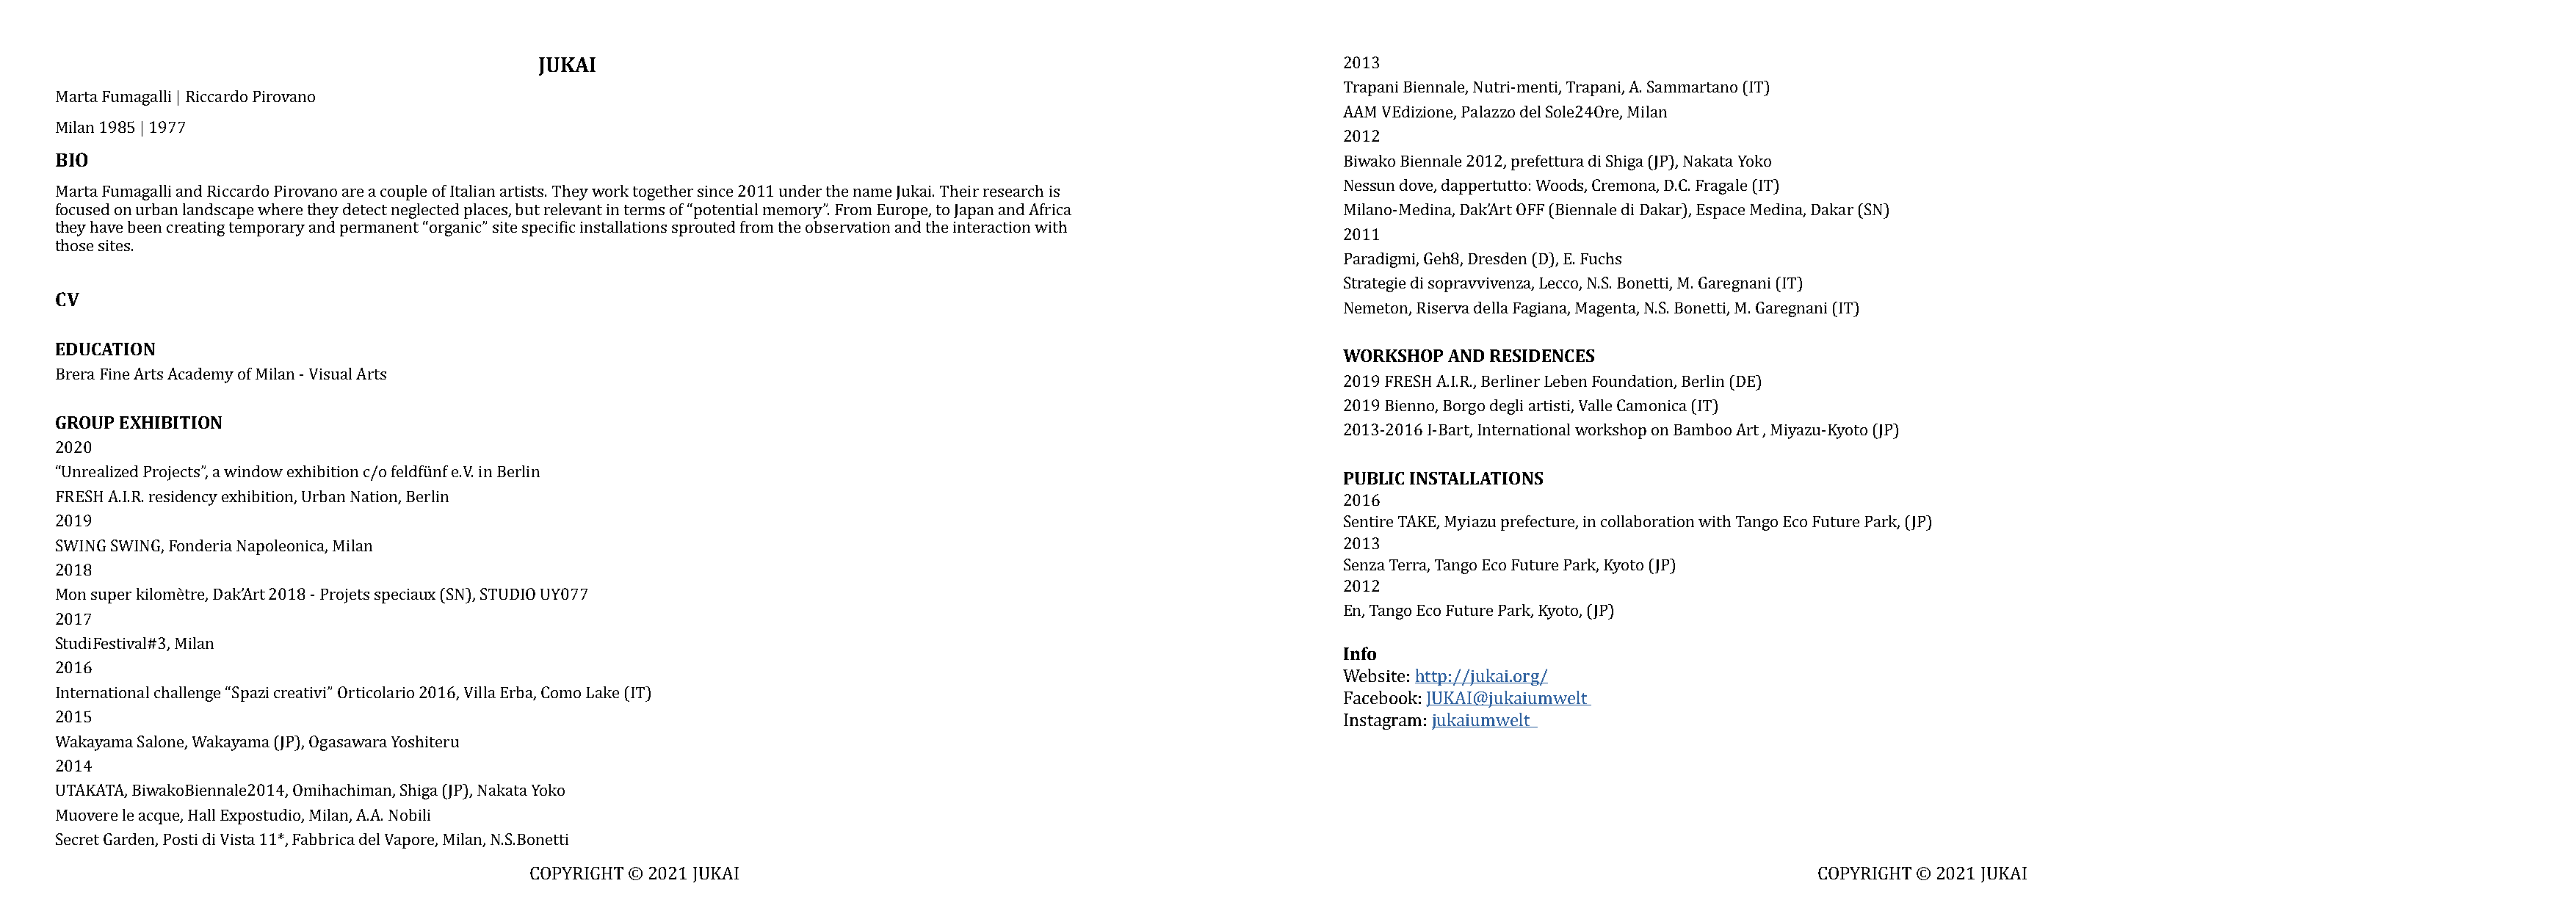
JUKAI
 2013
 Trapani Biennale, Nutri-menti, Trapani, A. Sammartano (IT)
 Marta Fumagalli | Riccardo Pirovano
 AAM VEdizione, Palazzo del Sole24Ore, Milan
 BIO
 Milan 1985 | 1977
 2012
 Biwako Biennale 2012, prefettura di Shiga (JP), Nakata Yoko
 Nessun dove, dappertutto: Woods, Cremona, D.C. Fragale (IT)
 Marta Fumagalli and Riccardo Pirovano are a couple of Italian artists. They work together since 2011 under the name Jukai. Their research is
 focused on urban landscape where they detect neglected places, but relevant in terms of “potential memory”. From Europe, to Japan and Africa Milano-Medina, Dak’Art OFF (Biennale di Dakar), Espace Medina, Dakar (SN)
 they have been creating temporary and permanent “organic” site specific installations sprouted from the observation and the interaction with
 2011
 those sites.
 CV                                                                                                                  Paradigmi, Geh8, Dresden (D), E. Fuchs
 Strategie di sopravvivenza, Lecco, N.S. Bonetti, M. Garegnani (IT)
 EDUCATION                                                                                                           Nemeton, Riserva della Fagiana, Magenta, N.S. Bonetti, M. Garegnani (IT)
 WORKSHOP  AND RESIDENCES
 Brera Fine Arts Academy of Milan - Visual Arts
 GROUP EXHIBITION                                                                                                    2019 FRESH A.I.R., Berliner Leben Foundation, Berlin (DE)
 2019 Bienno, Borgo degli artisti, Valle Camonica (IT)
 2013-2016 I-Bart, International workshop on Bamboo Art , Miyazu-Kyoto (JP)
 PUBLIC INSTALLATIONS
 2020
 “Unrealized Projects”, a window exhibition c/o feldfünf e.V. in Berlin
 FRESH A.I.R. residency exhibition, Urban Nation, Berlin                                                             2016
 2019                                                                                                                Sentire TAKE, Myiazu prefecture, in collaboration with Tango Eco Future Park, (JP)
 SWING SWING, Fonderia Napoleonica, Milan                                                                            2013
 Senza Terra, Tango Eco Future Park, Kyoto (JP)
 2018
 2012
 Mon super kilomètre, Dak’Art 2018 - Projets speciaux (SN), STUDIO UY077
 En, Tango Eco Future Park, Kyoto, (JP)
 2017                                                                                                                Info
 StudiFestival#3, Milan
 2016
 Website: http://jukai.org/
 International challenge “Spazi creativi” Orticolario 2016, Villa Erba, Como Lake (IT)
 Facebook: JUKAI@jukaiumwelt
 2015
 Instagram: jukaiumwelt
 Wakayama Salone, Wakayama (JP), Ogasawara Yoshiteru
 2014
 UTAKATA, BiwakoBiennale2014, Omihachiman, Shiga (JP), Nakata Yoko
 Muovere le acque, Hall Expostudio, Milan, A.A. Nobili
 Secret Garden, Posti di Vista 11*, Fabbrica del Vapore, Milan, N.S.Bonetti
 COPYRIGHT © 2021 JUKAI                                                                                              COPYRIGHT © 2021 JUKAI